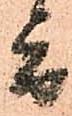
旨